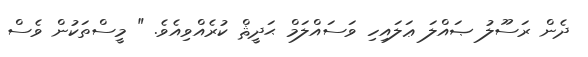
ދެން ރަސޫލު ޞައްލަ ޢަލައިހި ވަސައްލަމް ޙަދީޘް ކުރެއްވިއެވެ. " މީސްތަކުން ވެސް